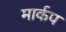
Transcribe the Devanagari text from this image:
मार्कप